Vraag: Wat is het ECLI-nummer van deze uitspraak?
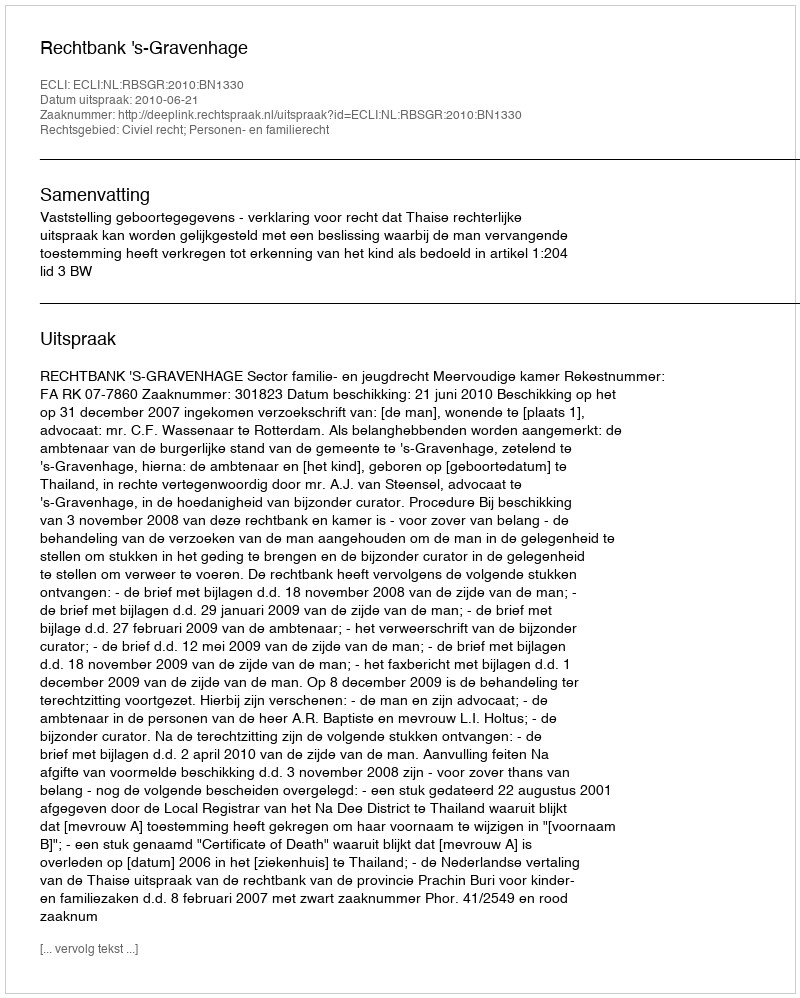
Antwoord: ECLI:NL:RBSGR:2010:BN1330